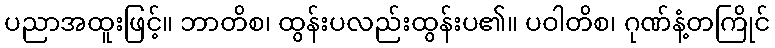
ပညာအထူးဖြင့်။ ဘာတိစ၊ ထွန်းပလည်းထွန်းပ၏။ ပဝါတိစ၊ ဂုဏ်နံ့တကြိုင်